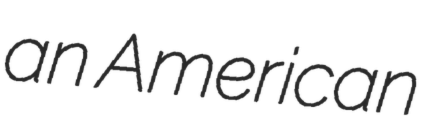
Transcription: an American